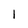
Character: 1